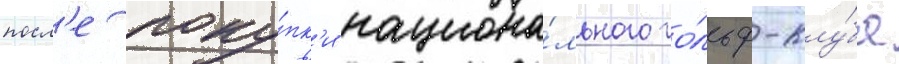
посл'е поку́пк'и национа́льного го́льф-клу́ба